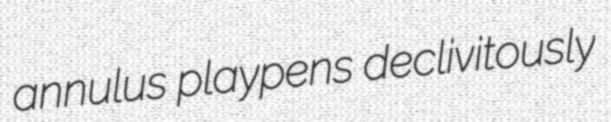
annulus playpens declivitously